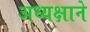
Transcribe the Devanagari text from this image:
अध्यक्षाने